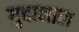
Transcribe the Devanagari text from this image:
गुदानाल